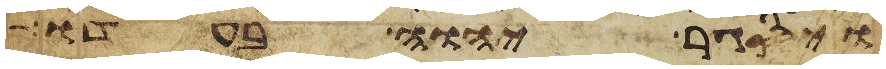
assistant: ויסגר יהוה בעדו